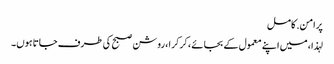
پرامن. کامل
لہذا ، میں اپنے معمول کے بجائے ، کرکرا ، روشن صبح کی طرف جاتا ہوں۔